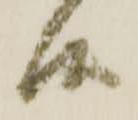
候